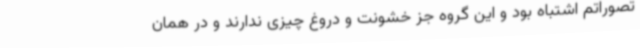
تصوراتم اشتباه بود و این گروه جز خشونت و دروغ چیزی ندارند و در همان